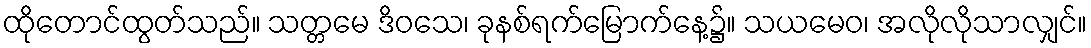
ထိုတောင်ထွတ်သည်။ သတ္တမေ ဒိဝသေ၊ ခုနစ်ရက်မြောက်နေ့၌။ သယမေဝ၊ အလိုလိုသာလျှင်။